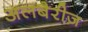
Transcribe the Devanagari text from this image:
अलबैरीज़